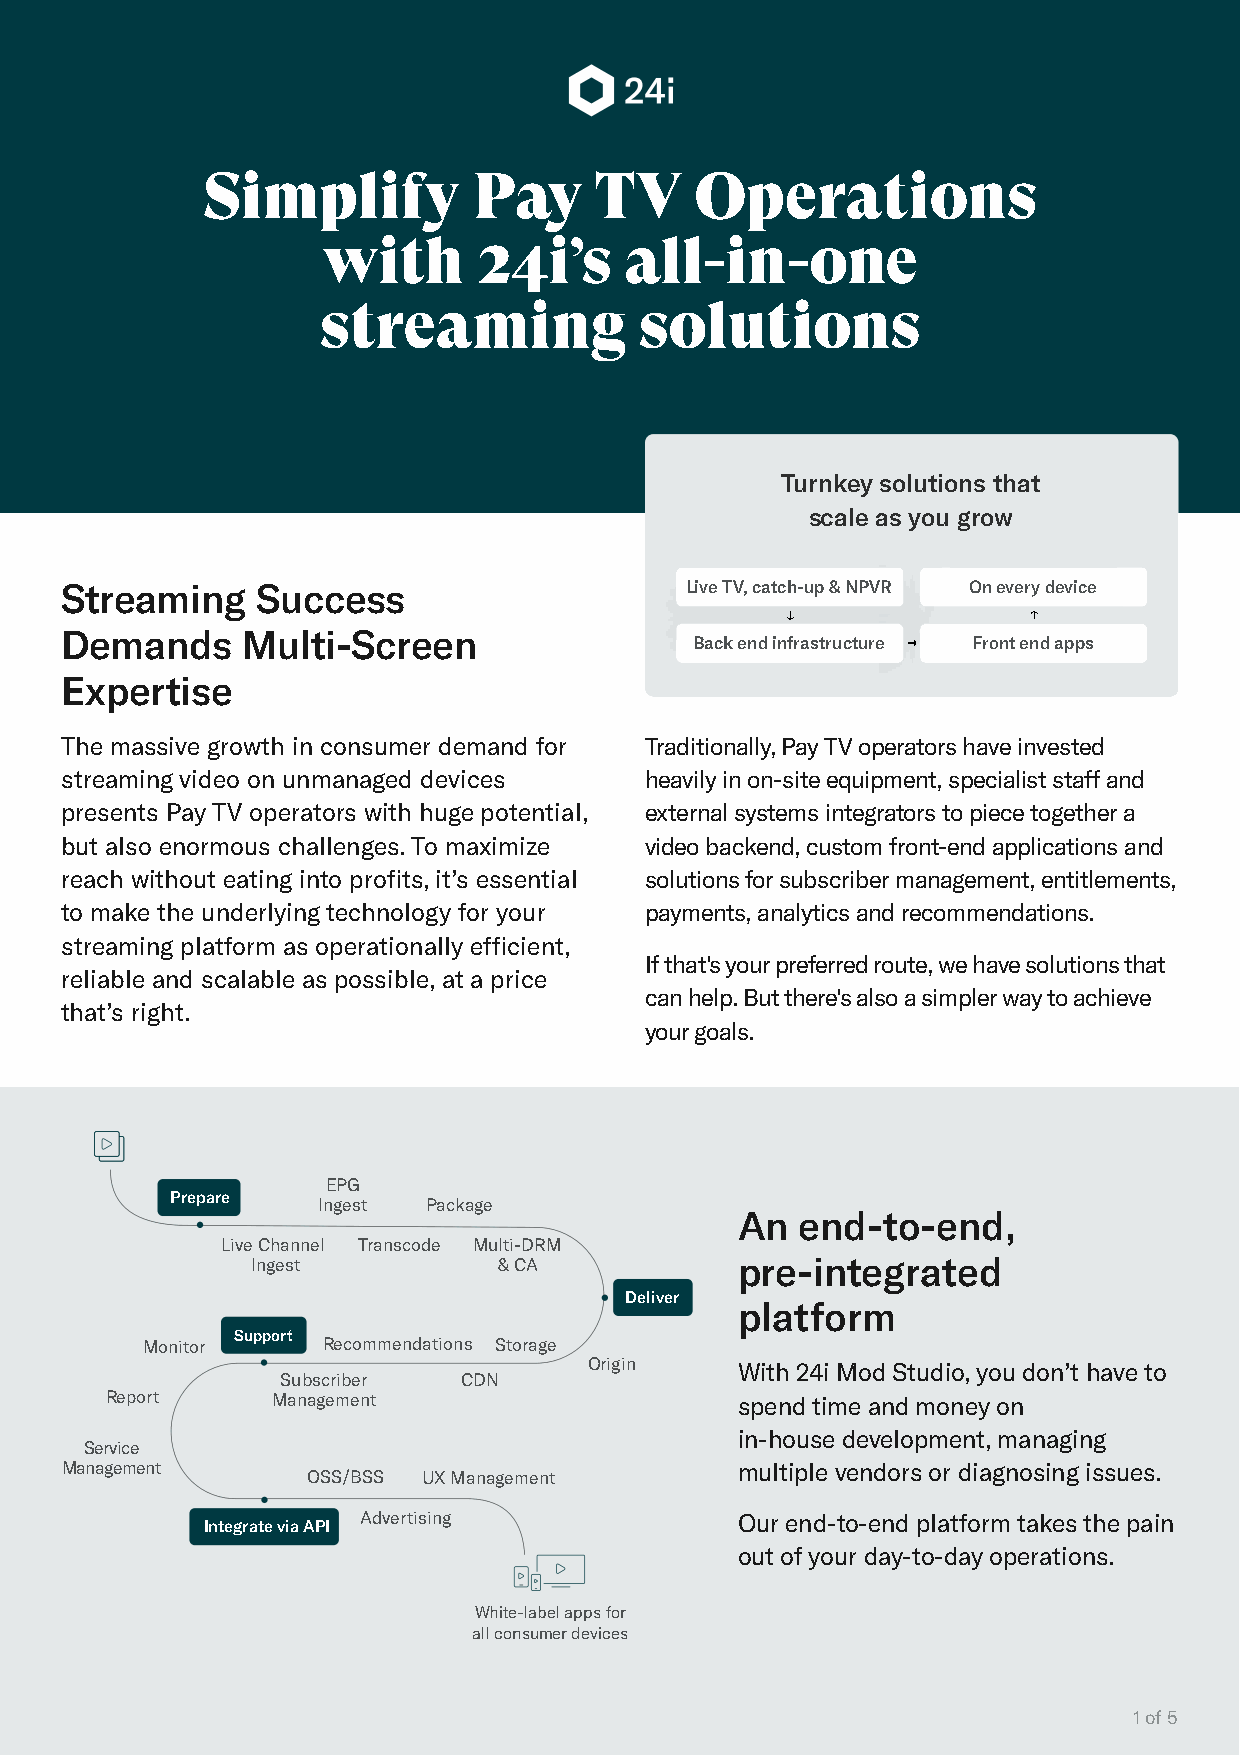
Simplify          Pay     TV     Operations
 with       24i’s    all-in-one
 streaming            solutions
 Turnkey solutions that
 scale as you grow
 Streaming    Success                     Live TV, catch-up & NPVR On every device
 Demands     Multi-Screen
 Back end infrastructure Front end apps
 Expertise
 The massive growth in consumer demand for Traditionally, Pay TV operators have invested
 streaming video on unmanaged devices   heavily in on-site equipment, specialist staff and
 presents Pay TV operators with huge potential, external systems integrators to piece together a
 but also enormous challenges. To maximize video backend, custom front-end applications and
 reach without eating into profits, it’s essential solutions for subscriber management, entitlements,
 to make the underlying technology for your payments, analytics and recommendations.
 streaming platform as operationally efficient,
 If that's your preferred route, we have solutions that
 reliable and scalable as possible, at a price
 can help. But there's also a simpler way to achieve
 that’s right.
 your goals.
 EPG
 Prepare
 Ingest Package
 An  end-to-end,
 Live Channel Transcode Multi-DRM
 Ingest          & CA            pre-integrated
 Deliver
 platform
 Support
 Monitor     Recommendations Storage
 Origin    With 24i Mod Studio, you don’t have to
 Subscriber  CDN
 Report     Management                     spend time and money on
 in-house development, managing
 Service
 Management                                   multiple vendors or diagnosing issues.
 OSS/BSS UX Management
 Advertising              Our end-to-end platform takes the pain
 Integrate via API
 out of your day-to-day operations.
 White-label apps for
 all consumer devices
 1 of 5